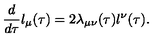
\frac { d } { d \tau } l _ { \mu } ( \tau ) = 2 \lambda _ { \mu \nu } ( \tau ) l ^ { \nu } ( \tau ) .